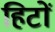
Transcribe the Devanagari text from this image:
हिटों